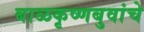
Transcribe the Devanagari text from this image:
बाळकृष्णबुवांचे